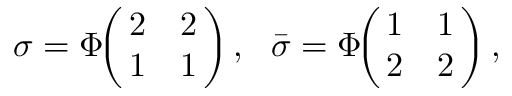
\sigma = \Phi \! \! \left( \! \! \begin{array} { c c } { { 2 } } & { { 2 } } \\ { { 1 } } & { { 1 } } \end{array} \! \! \right) , ~ ~ \bar { \sigma } = \Phi \! \! \left( \! \! \begin{array} { c c } { { 1 } } & { { 1 } } \\ { { 2 } } & { { 2 } } \end{array} \! \! \right) ,